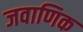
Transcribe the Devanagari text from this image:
जवाणिक